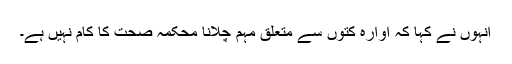
انہوں نے کہا کہ آوارہ کتوں سے متعلق مہم چلانا محکمہ صحت کا کام نہیں ہے۔